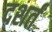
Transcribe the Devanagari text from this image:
दशर्तं